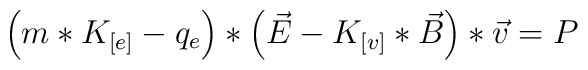
\left(m*K_{[e]}-q_{e}\right)*\left(\vec{E}-K_{[v]}*\vec{B}\right)*\vec{v} = P